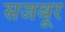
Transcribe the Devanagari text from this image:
सजबूर